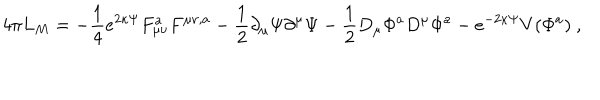
4 \pi L _ { M } = - \frac { 1 } { 4 } e ^ { 2 \kappa \Psi } F _ { \mu \nu } ^ { a } F ^ { \mu \nu , a } - \frac { 1 } { 2 } \partial _ { \mu } \Psi \partial ^ { \mu } \Psi - \frac { 1 } { 2 } D _ { \mu } \Phi ^ { a } D ^ { \mu } \Phi ^ { a } - e ^ { - 2 \kappa \Psi } V ( \Phi ^ { a } ) \ ,